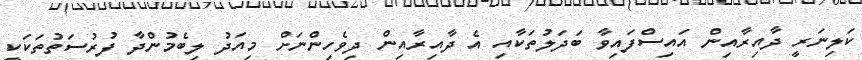
ކަލިނަރީ ދާއިރާއިން އައިސްފައިވާ ބަދަލުތަކާއި އެ ދާއިރާއިން ދިވެހިންނަށް މިއަދު ލިބެމުންދާ ފުރުސަތުތަކަކީ